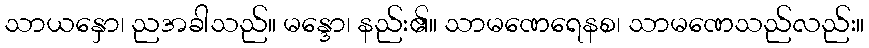
သာယနှော၊ ညအခါသည်။ မန္ဒော၊ နည်း၏။ သာမဏေရေနစ၊ သာမဏေသည်လည်း။